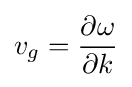
v_{g}={\frac {\partial \omega }{\partial k}}